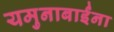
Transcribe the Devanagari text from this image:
यमुनाबाईंना